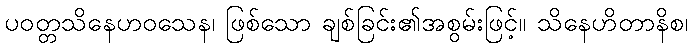
ပဝတ္တသိနေဟဝသေန၊ ဖြစ်သော ချစ်ခြင်း၏အစွမ်းဖြင့်။ သိနေဟိတာနိစ၊